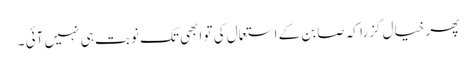
پھر خیال گزرا کہ صابن کے استعمال کی تو ابھی تک نوبت ہی نہیں آئی ۔